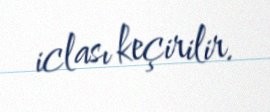
iclası keçirilir.